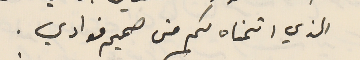
الذي اتمناه لكم من صميم فوادي.